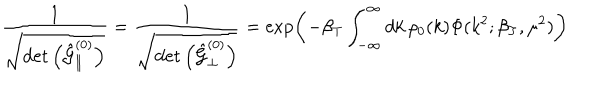
LaTeX: \frac { 1 } { \sqrt { \det \left( \hat { { \cal G } } _ { \parallel } ^ { ( 0 ) } \right) } } = \frac { 1 } { \sqrt { \det \left( \hat { { \cal G } } _ { \perp } ^ { ( 0 ) } \right) } } = \exp \left( - \beta _ { T } \int _ { - \infty } ^ { \infty } d k \, \rho _ { 0 } ( k ) \Phi ( k ^ { 2 } ; \beta _ { T } , \mu ^ { 2 } ) \right)